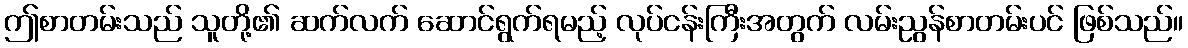
ဤစာတမ်းသည် သူတို့၏ ဆက်လက် ဆောင်ရွက်ရမည့် လုပ်ငန်းကြီးအတွက် လမ်းညွန်စာတမ်းပင် ဖြစ်သည်။